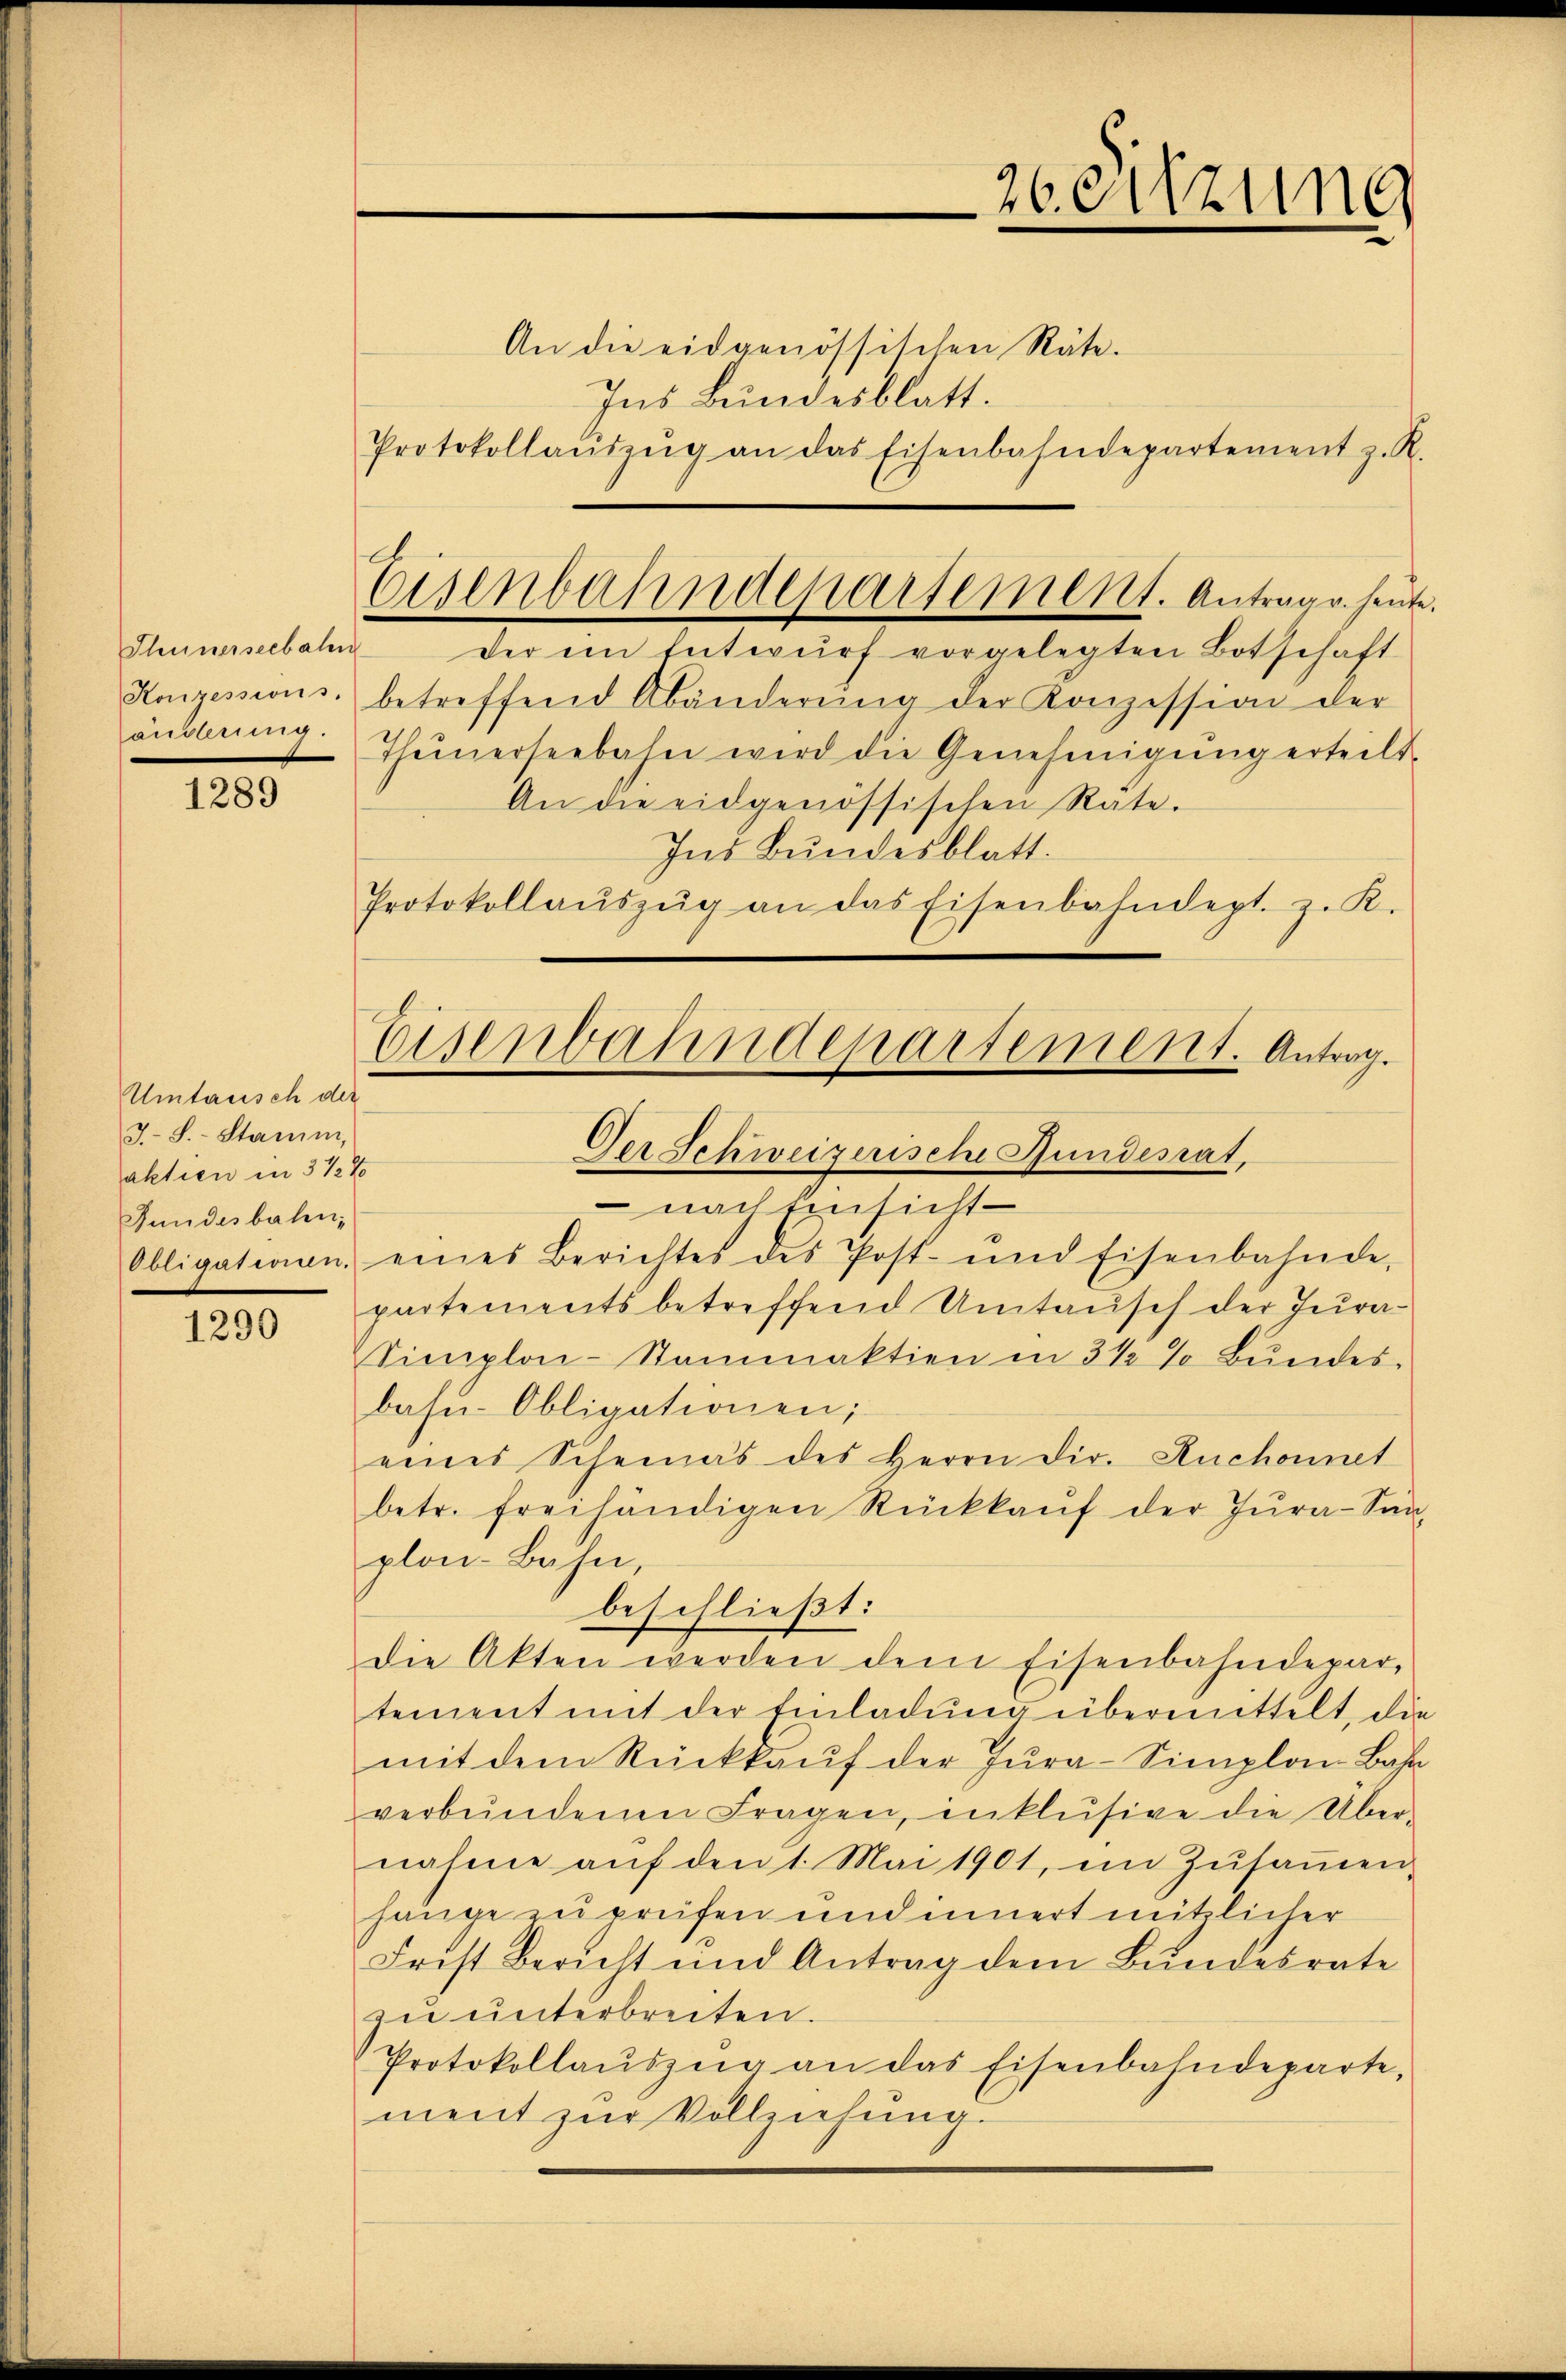
Thunerseebalen
Konzessions.
we

1289

Umtausch der
J. S. Stamm,
aktien in 3 1/2 %
Fundesbahn,
Obligationen.

1290

An die eidgenössischen Räte.
Ins Bundesblatt.
Protokollaŭszŭg an das Eisenbahndepartement z. R.

¬
Eisenbahndepartement. Antrage heut

der ein Entwŭrf vorgelegten Botschaft
betreffend Abänderŭng der Konzession der
Theinerseebahn wird die Genehmigung erteilt.
An die eidgenössischen Rate.
Ins Bundesblatt.
Protokollaŭszŭg an das Eisenbahndept. z. K.
nachtensicht
eines Berichtes des Post- und Eisenbahnde-
partements betreffend Umtausch der Jura¬
Simplon-Stammaktien in 3 ½ % Bŭndes-
bahn-Obligationen;
eines Schemas des Herrn Dir. Auchonnet
betr. freihändigen Rückkaŭf der Zŭra-Sŭn-
plon-Bahn,
beschließt:
die Akten werden dem Eisenbahndepar-
tement mit der Einladŭng übermittelt, di
mit dem Rückkaŭf der Jura-Simplon Bahn
verbŭndenen Fragen, inklŭsive die Über-
nahme auf den 1. Mai 1901, im Zusammen
hange zu prüfen und innert nützlicher
Frist Bericht und Antrag dem Bundesrate
zu unterbreiten.
Protokollaŭszŭg an das Eisenbahndeparte,
ment zur Vollziehung.

2eeitzung

Eisenbahndepartement. Antrag.
Der Schweizerische Gundesrat,